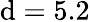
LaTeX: \mathrm{d}=5.2